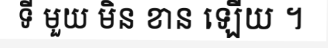
ទី មួយ មិន ខាន ឡើយ ។